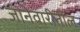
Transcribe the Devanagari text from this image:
जानेवारीतील